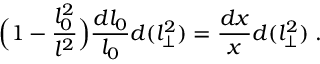
\Big ( 1 - { \frac { l _ { 0 } ^ { 2 } } { l ^ { 2 } } } \Big ) { \frac { d l _ { 0 } } { l _ { 0 } } } d ( l _ { \perp } ^ { 2 } ) = { \frac { d x } { x } } d ( l _ { \perp } ^ { 2 } ) \; .